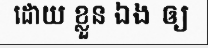
ដោយ ខ្លួន ឯង ឲ្យ